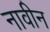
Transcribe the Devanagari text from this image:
नावीन